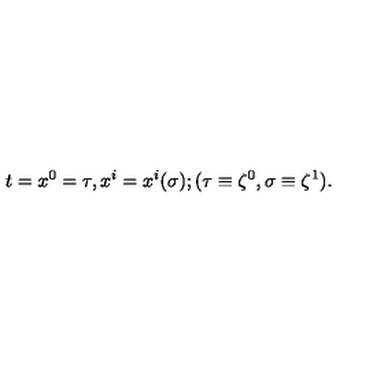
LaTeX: t = x ^ { 0 } = \tau , x ^ { i } = x ^ { i } ( \sigma ) { } ; ( \tau \equiv \zeta ^ { 0 } , \sigma \equiv \zeta ^ { 1 } ) .